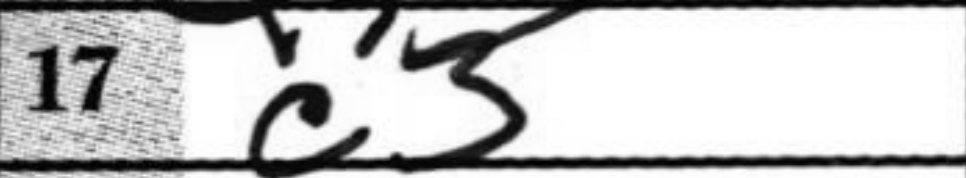
Transcription: c3